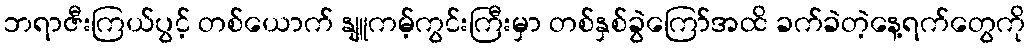
ဘရာဇီးကြယ်ပွင့် တစ်ယောက် နျူကမ့်ကွင်းကြီးမှာ တစ်နှစ်ခွဲကြော်အထိ ခက်ခဲတဲ့နေ့ရက်တွေကို